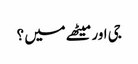
جی اور میٹھے میں ؟